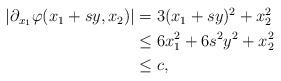
LaTeX: \begin{align*} \begin{aligned} |\partial_{x_1}\varphi(x_1 + sy,x_2)| &= 3(x_1 + sy)^2 + x_2^2 \\ &\leq 6x_1^2 + 6s^2y^2+x_2^2 \\ &\leq c, \end{aligned} \end{align*}